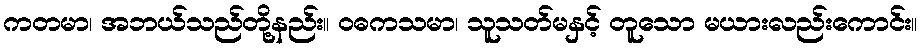
ကတမာ၊ အဘယ်သည်တို့နည်း။ ဝဓကသမာ၊ သူသတ်မနှင့် တူသော မယားလည်းကောင်း။